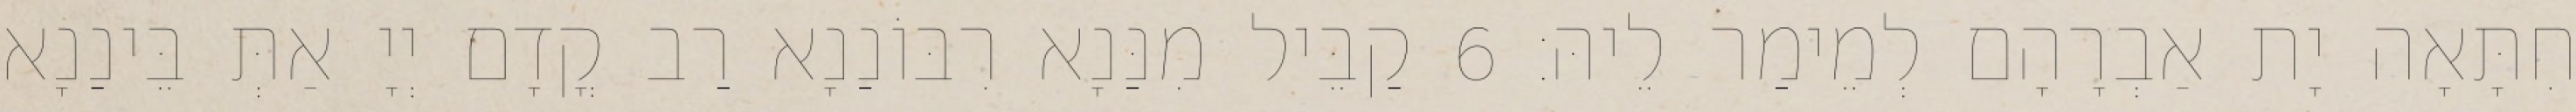
חִתָּאָה יָת אַבְרָהָם לְמֵימַר לֵיהּ׃ 6 קַבֵּיל מִנַּנָא רִבּוֹנַנָא רַב קֳדָם יְיָ אַתְּ בֵּינַנָא